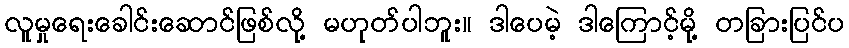
လူမှုရေးခေါင်းဆောင်ဖြစ်လို့ မဟုတ်ပါဘူး။ ဒါပေမဲ့ ဒါကြောင့်မို့ တခြားပြင်ပ